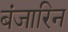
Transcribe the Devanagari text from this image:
बंजारिन